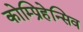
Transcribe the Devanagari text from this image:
कोम्प्रिहेन्सिव